system: You are a helpful assistant.
user:
Analyze the provided spectrum to determine if it is a **"Cataclysmic Variables (CV)"**.

- **Key Indicators for CV (Check for either state):**
    - **State 1: Quiescent / Low-State (Emission-Dominated)**
        - **(Primary):** Strong and *very broad* Hydrogen Balmer emission lines (e.g., $H\alpha$ at 6563 Å, $H\beta$ at 4861 Å). The 'broadness' (high velocity dispersion, often FWHM > 1000 km/s) is the key diagnostic, indicating a high-velocity accretion disk.
        - **(Secondary):** Broad neutral Helium (He I) emission lines (e.g., 5876 Å, 6678 Å).
        - **(Key Confirmation):** Presence of high-excitation *ionized* Helium (He II) emission at 4686 Å. This is a strong indicator of accretion onto a white dwarf.
        - **(Line Profile):** Emission lines may exhibit a 'double-peaked' profile, which is a classic signature of a rotating accretion disk viewed at high inclination.

    - **State 2: Outburst / High-State (Absorption-Dominated)**
        - **(Primary):** Spectrum is dominated by a bright, blue continuum (looks like a hot star).
        - **(Secondary):** The emission lines from State 1 are weak, absent, or 'filled in', and are replaced by broad, shallow *absorption* lines (primarily Balmer and He I).
        - **(Morphology):** The overall spectrum mimics a hot B/A-type star. The crucial difference is that the absorption lines are significantly broader, shallower, and more 'washed-out' (or 'smeared') than the sharp lines of a normal stellar photosphere, due to high rotational speeds and pressure broadening in the disk.

Think first, call **spectral_visualization_tool** if needed to examine features in detail, then provide your final answer. Your response must adhere to the following strict rules:
1.  **Overall Structure:** Your response must follow the format `<think>...</think> <tool_call>...</tool_call> (if a tool is used) <answer>...</answer>`.
2.  **Tool Usage Constraint:** You may only make **one** tool call per turn.
3.  **Final Answer Format:** In the `<answer>` tag, your conclusion must be inside a `\boxed{}` command (e.g., `\boxed{YES}`), followed by your justification.

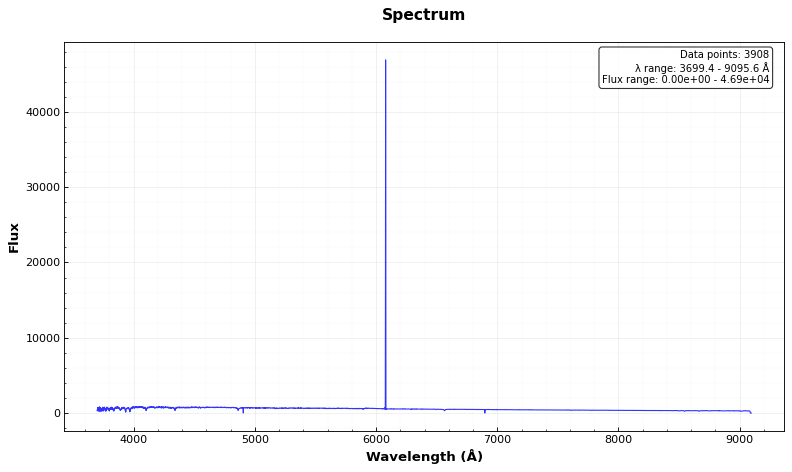
Answer: NO